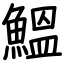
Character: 鰮